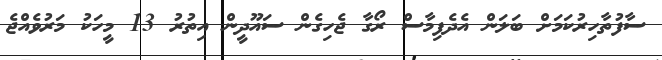
ސާފުތާހިރުކަމަށް ބަލަން އެދެފިމާސް ރޯގާ ޖެހިގެން ސައޫދީން އިތުރު 13 މީހަކު މަރުވެއްޖެ